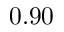
0 . 9 0